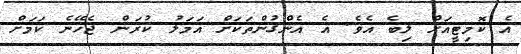
އެ ކޮމިޓީއަށް ލިބެ އެވެ. އެ އެންގުންތަކަށް އަމަލު ކުރަން ޖެހޭނެ ކަމަށް